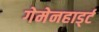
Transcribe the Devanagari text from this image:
गेमेनहार्ड्ट